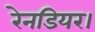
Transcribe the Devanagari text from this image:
रेनडियर।